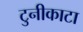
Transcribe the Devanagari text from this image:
टुनीकाटा